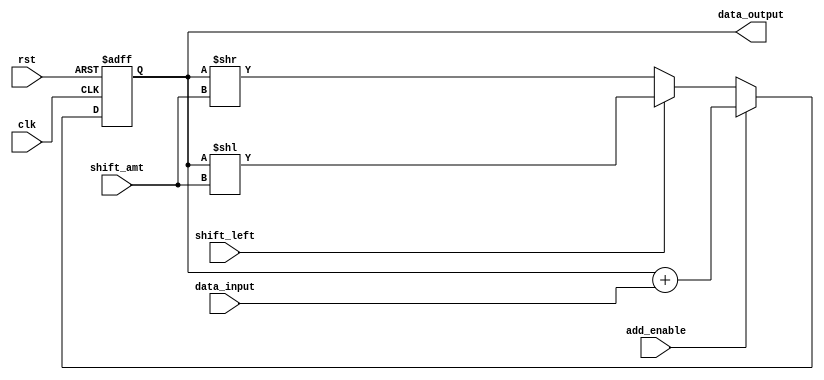
module ShiftAndAddReg (
  input wire clk,
  input wire rst,
  input wire shift_left,
  input wire shift_amt,
  input wire add_enable,
  input wire [7:0] data_input,
  output reg [7:0] data_output
);

reg [7:0] reg_data;

always @(posedge clk or posedge rst) begin
  if (rst == 1'b1) begin
    reg_data <= 8'b00000000;
  end else begin
    if (shift_left == 1'b1) begin
      reg_data <= reg_data << shift_amt;
    end else begin
      reg_data <= reg_data >> shift_amt;
    end

    if (add_enable == 1'b1) begin
      reg_data <= reg_data + data_input;
    end
  end
end

assign data_output = reg_data;

endmodule